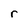
Character: r